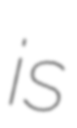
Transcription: is